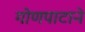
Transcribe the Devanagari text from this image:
गोणपाटाने